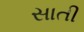
સાતી